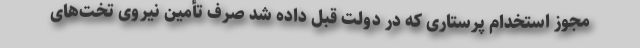
مجوز استخدام پرستاری که در دولت قبل داده شد صرف تأمین نیروی تخت‌های